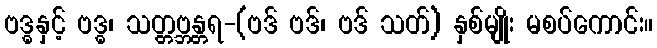
ဗဒ္ဓနှင့် ဗဒ္ဓ၊ သတ္တဗ္ဘန္တရ-(ဗဒ် ဗဒ်၊ ဗဒ် သတ်) နှစ်မျိုး မစပ်ကောင်း။